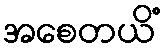
အစေတယိံ